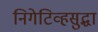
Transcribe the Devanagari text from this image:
निगेटिव्हसुद्धा